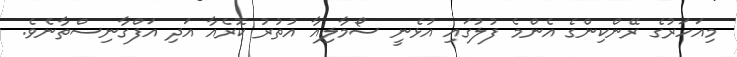
މިއަހަރުގެ ރޭންކިންގެ އެންމެ ފުލުގައި އުޅެނީ ސޯމާލިއާ އުތުރު ކޮރެއާ އަދި އަފްގާނިސްތާނެވެ.